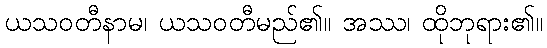
ယသဝတီနာမ၊ ယသဝတီမည်၏။ အဿ၊ ထိုဘုရား၏။